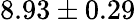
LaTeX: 8.93\pm 0.29